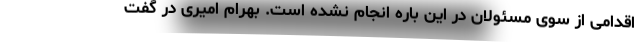
اقدامی از سوی مسئولان در این باره انجام نشده است. بهرام امیری در گفت